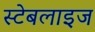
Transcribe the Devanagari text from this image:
स्टेबलाइज